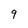
Character: 9